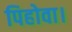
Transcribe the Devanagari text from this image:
पिहोवा।